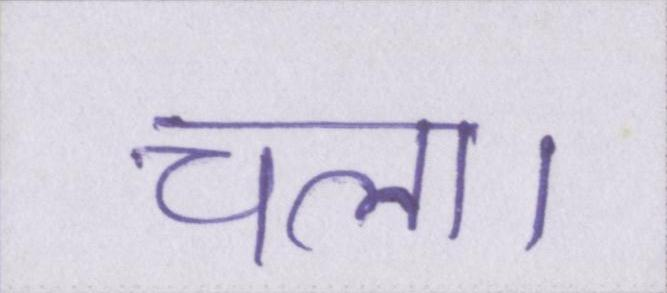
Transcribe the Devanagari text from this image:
चला।